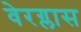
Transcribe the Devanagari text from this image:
वेरग्लास